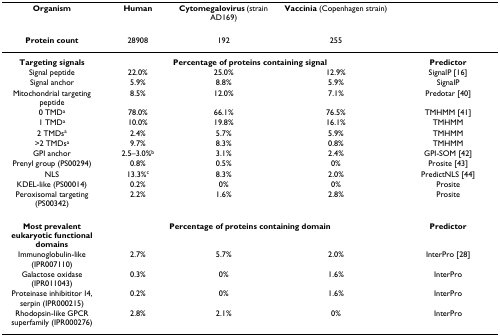
<table><thead><tr><td><b>Organism</b></td><td><b>Human</b></td><td><b>Cytomegalovirus (strain AD169)</b></td><td><b>Vaccinia (Copenhagen strain)</b></td><td></td></tr></thead><tbody><tr><td><b>Protein count</b></td><td>28908</td><td>192</td><td>255</td><td></td></tr><tr><td><b>Targeting signals</b></td><td colspan="3"><b>Percentage of proteins containing signal</b></td><td><b>Predictor</b></td></tr><tr><td>Signal peptide</td><td>22.0%</td><td>25.0%</td><td>12.9%</td><td>SignalP [16]</td></tr><tr><td>Signal anchor</td><td>5.9%</td><td>8.8%</td><td>5.9%</td><td>SignalP</td></tr><tr><td>Mitochondrial targeting peptide</td><td>8.5%</td><td>12.0%</td><td>7.1%</td><td>Predotar [40]</td></tr><tr><td>0 TMD<sup>a</sup></td><td>78.0%</td><td>66.1%</td><td>76.5%</td><td>TMHMM [41]</td></tr><tr><td>1 TMD<sup>a</sup></td><td>10.0%</td><td>19.8%</td><td>16.1%</td><td>TMHMM</td></tr><tr><td>2 TMDs<sup>a</sup></td><td>2.4%</td><td>5.7%</td><td>5.9%</td><td>TMHMM</td></tr><tr><td>&gt;2 TMDs<sup>a</sup></td><td>9.7%</td><td>8.3%</td><td>0.8%</td><td>TMHMM</td></tr><tr><td>GPI anchor</td><td>2.5–3.0%<sup>b</sup></td><td>3.1%</td><td>2.4%</td><td>GPI-SOM [42]</td></tr><tr><td>Prenyl group (PS00294)</td><td>0.8%</td><td>0.5%</td><td>0%</td><td>Prosite [43]</td></tr><tr><td>NLS</td><td>13.3%<sup>c</sup></td><td>8.3%</td><td>2.0%</td><td>PredictNLS [44]</td></tr><tr><td>KDEL-like (PS00014)</td><td>0.2%</td><td>0%</td><td>0%</td><td>Prosite</td></tr><tr><td>Peroxisomal targeting (PS00342)</td><td>2.2%</td><td>1.6%</td><td>2.8%</td><td>Prosite</td></tr><tr><td><b>Most prevalent eukaryotic functional domains</b></td><td colspan="3"><b>Percentage of proteins containing domain</b></td><td><b>Predictor</b></td></tr><tr><td>Immunoglobulin-like (IPR007110)</td><td>2.7%</td><td>5.7%</td><td>2.0%</td><td>InterPro [28]</td></tr><tr><td>Galactose oxidase (IPR011043)</td><td>0.3%</td><td>0%</td><td>1.6%</td><td>InterPro</td></tr><tr><td>Proteinase inhibititor I4, serpin (IPR000215)</td><td>0.2%</td><td>0%</td><td>1.6%</td><td>InterPro</td></tr><tr><td>Rhodopsin-like GPCR superfamily (IPR000276)</td><td>2.8%</td><td>2.1%</td><td>0%</td><td>InterPro</td></tr></tbody></table>